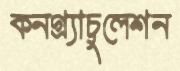
কনগ্র্যাচুলেশন